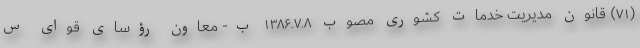
(۷۱) قانون مدیریت خدمات کشوری مصوب ۱۳۸۶.۷.۸ ب- معاون رؤسای قوای س